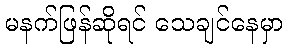
မနက်ဖြန်ဆိုရင် သေချင်နေမှာ